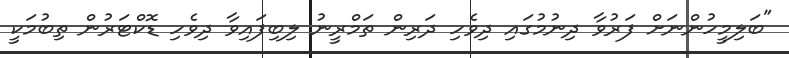
"ބަލިމީހުންނަށް ފަރުވާ ދިނުމުގައި ދިވެހި ދަރިން ތަމްރީނު ލިބިފައިވާ ދިވެހި ޑޮކްޓަރުން ތިބުމަކީ